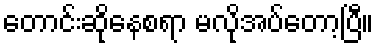
တောင်းဆိုနေစရာ မလိုအပ်တော့ပြီ။